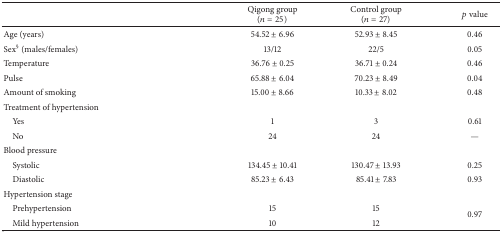
<table><thead><tr><td><b> </b></td><td><b>Qigong group(<i>n</i> = 25)</b></td><td><b>Control group(<i>n</i> = 27)</b></td><td><b><i>p</i> value</b></td></tr></thead><tbody><tr><td>Age (years)</td><td>54.52 ± 6.96</td><td>52.93 ± 8.45</td><td>0.46</td></tr><tr><td>Sex<sup>§</sup> (males/females)</td><td>13/12</td><td>22/5</td><td>0.05</td></tr><tr><td>Temperature</td><td>36.76 ± 0.25</td><td>36.71 ± 0.24</td><td>0.46</td></tr><tr><td>Pulse</td><td>65.88 ± 6.04</td><td>70.23 ± 8.49</td><td>0.04</td></tr><tr><td>Amount of smoking</td><td>15.00 ± 8.66</td><td>10.33 ± 8.02</td><td>0.48</td></tr><tr><td>Treatment of hypertension</td><td> </td><td> </td><td> </td></tr><tr><td> Yes</td><td>1</td><td>3</td><td>0.61</td></tr><tr><td> No</td><td>24</td><td>24</td><td>—</td></tr><tr><td>Blood pressure</td><td> </td><td> </td><td> </td></tr><tr><td> Systolic</td><td>134.45 ± 10.41</td><td>130.47 ± 13.93</td><td>0.25</td></tr><tr><td> Diastolic</td><td>85.23 ± 6.43</td><td>85.41 ± 7.83</td><td>0.93</td></tr><tr><td>Hypertension stage</td><td> </td><td> </td><td> </td></tr><tr><td> Prehypertension</td><td>15</td><td>15</td><td rowspan="2">0.97</td></tr><tr><td> Mild hypertension</td><td>10</td><td>12</td></tr></tbody></table>